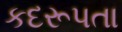
કદરૂપતા